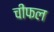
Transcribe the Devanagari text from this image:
चीफल